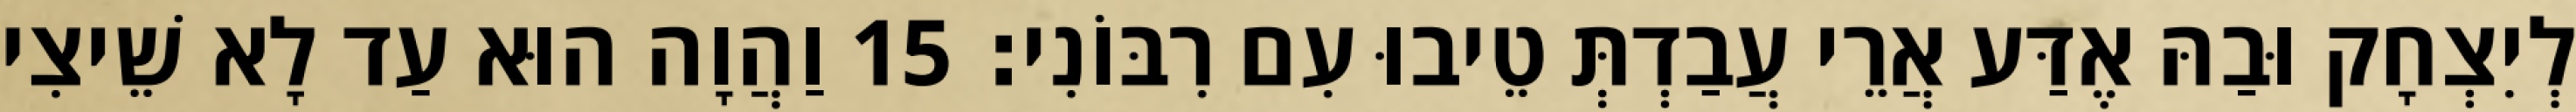
לְיִצְחָק וּבַהּ אֶדַּע אֲרֵי עֲבַדְתְּ טֵיבוּ עִם רִבּוֹנִי׃ 15 וַהֲוָה הוּא עַד לָא שֵׁיצִי